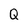
Character: Q